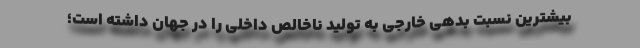
بیشترین نسبت بدهی خارجی به تولید ناخالص داخلی را در جهان داشته است؛